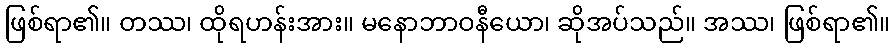
ဖြစ်ရာ၏။ တဿ၊ ထိုရဟန်းအား။ မနောဘာဝနီယော၊ ဆိုအပ်သည်။ အဿ၊ ဖြစ်ရာ၏။